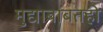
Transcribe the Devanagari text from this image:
मुद्याबाबतही